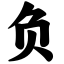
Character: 负